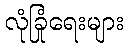
လုံခြုံရေးများ